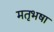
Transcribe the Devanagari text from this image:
मतृभषा